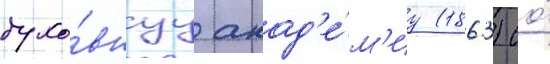
духо́внуу акад'е́м'иу (1863) со́